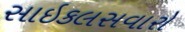
સાઇકલસવારો